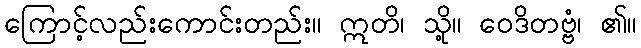
ကြောင့်လည်းကောင်းတည်း။ ဣတိ၊ သို့။ ဝေဒိတဗ္ဗံ၊ ၏။